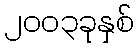
၂၀၀၃ခုနှစ်